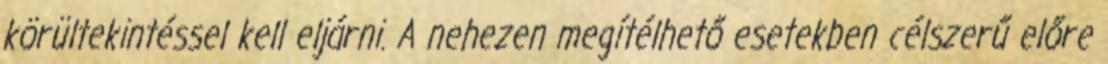
körültekintéssel kell eljárni. A nehezen megítélhető esetekben célszerű előre